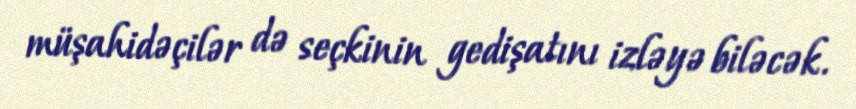
müşahidəçilər də seçkinin gedişatını izləyə biləcək.